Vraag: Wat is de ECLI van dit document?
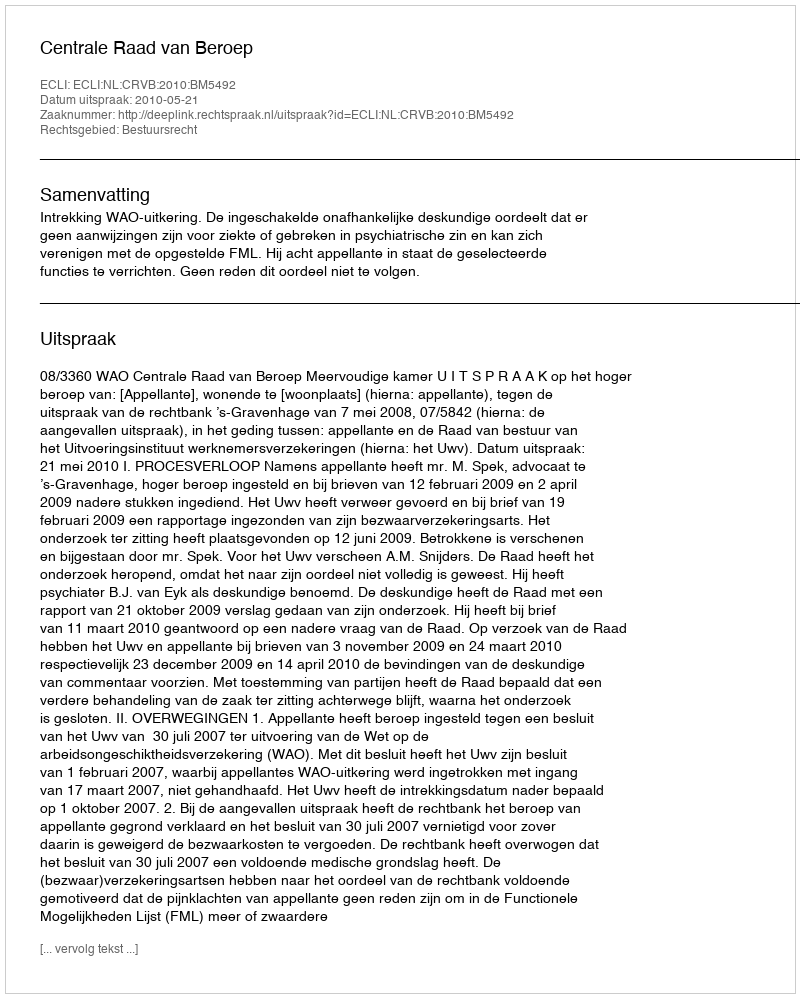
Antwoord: ECLI:NL:CRVB:2010:BM5492